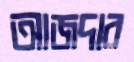
আজদার